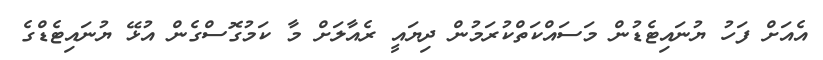
އެއަށް ފަހު ޔުނައިޓެޑުން މަސައްކަތްކުރަމުން ދިޔައީ ރެއާލަށް މާ ކަމުގޮސްގެން އުޅޭ ޔުނައިޓެޑްގެ